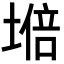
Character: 𡏧